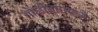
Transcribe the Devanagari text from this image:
गोळीबारामध्ये